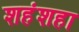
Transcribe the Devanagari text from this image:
शहंशहा